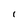
Character: I